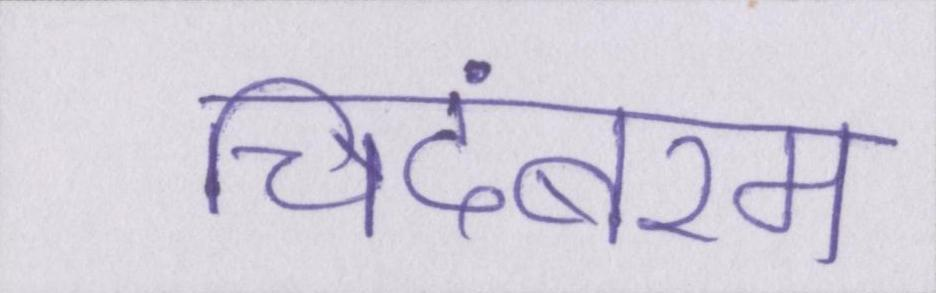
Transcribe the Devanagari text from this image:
चिदंबरम